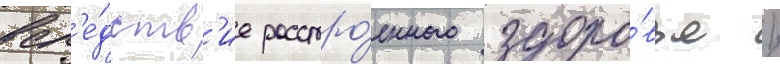
всл'е́дств'ие расстро́енного здоро́вья /